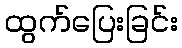
ထွက်ပြေးခြင်း